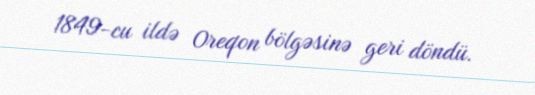
1849-cu ildə Oreqon bölgəsinə geri döndü.